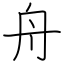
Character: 舟